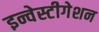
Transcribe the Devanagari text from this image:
इन्वेस्टीगेशन